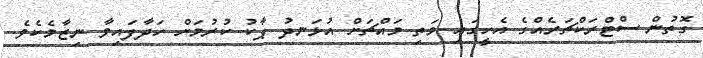
ގޮތުން ސްޓްރަކްޗަރެއްގެ އެހީގައި މަތި މައްޗަށް އުޅަނދު ޕާކު ކުރުމަށް ހަދާފައިވާ ނިޒާމެކެވެ.